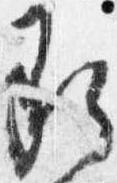
承